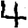
Digit: 4